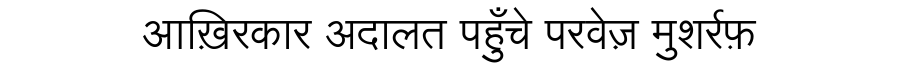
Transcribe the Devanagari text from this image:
आख़िरकार अदालत पहुँचे परवेज़ मुशर्रफ़